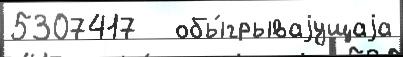
5307417   обы́грываjущаjа